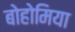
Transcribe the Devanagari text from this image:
बोहोमिया